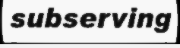
subserving